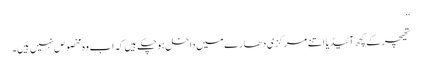
”
تھیچر کے کچھ آئیڈیا اتنے مرکزی دھارے میں داخل ہوچکے ہیں کہ اب وہ مخصوص نہیں ہیں۔